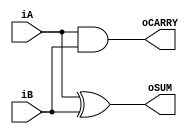
`timescale 1ns / 1ps

module half_adder
(
  input iA,
  input iB,
  output oSUM,
  output oCARRY
);

  // This uses an exclusive OR gate to find the SUM of two inputs
  assign oSUM = iA ^ iB;

  // This uses an AND gate to find the CARRY of two inputs
  assign oCARRY = iA & iB;

endmodule